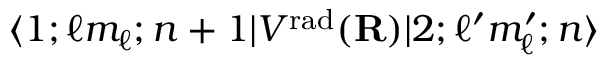
\begin{array} { r l r } { \lefteqn { \langle 1 ; \ell m _ { \ell } ; n + 1 | V ^ { \mathrm { r a d } } ( { \bf R } ) | 2 ; \ell ^ { \prime } m _ { \ell } ^ { \prime } ; n \rangle } } \end{array}